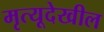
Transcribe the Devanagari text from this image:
मृत्यूदेखील